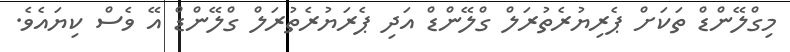
މިގްލޭންޑް ތަކަށް ޕެރިޔުރެތުރަލް ގްލޭންޑް އަދި ޕެރަޔުރެތުރަލް ގްލޭންޑް އޭ ވެސް ކިޔައެވެ.